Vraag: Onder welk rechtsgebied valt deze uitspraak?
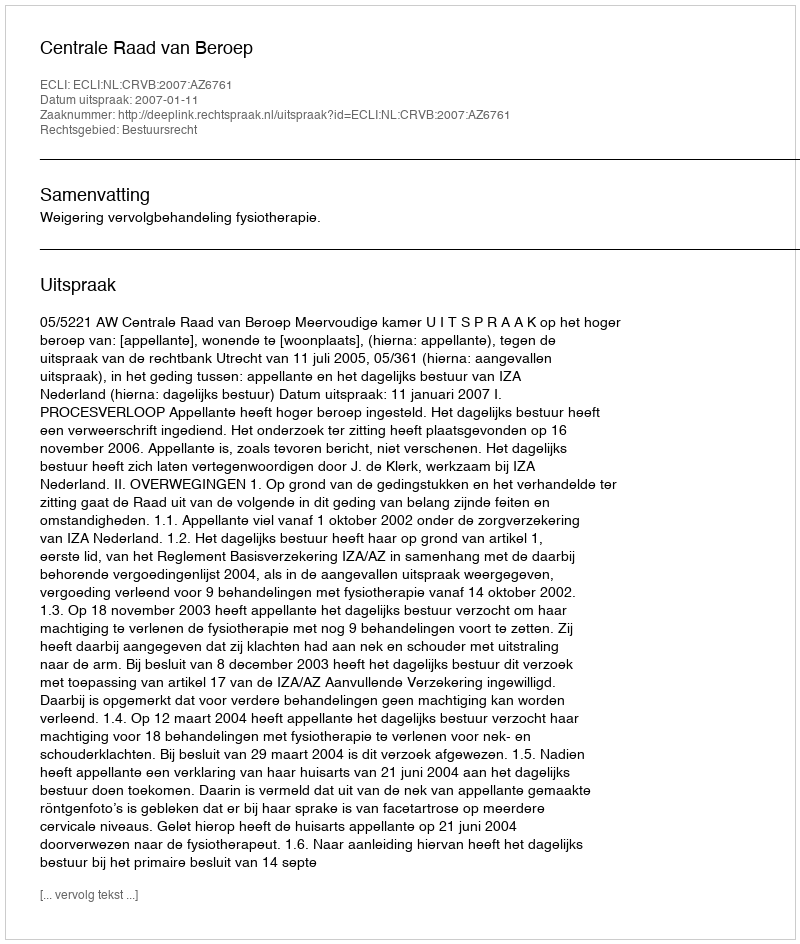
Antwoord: Bestuursrecht